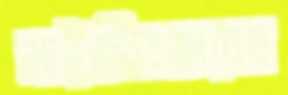
মাইজীবাজারের